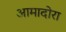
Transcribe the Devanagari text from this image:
आमादोरा